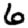
Digit: 6